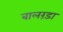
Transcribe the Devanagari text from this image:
बालरंडा